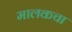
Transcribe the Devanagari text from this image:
मालकचा